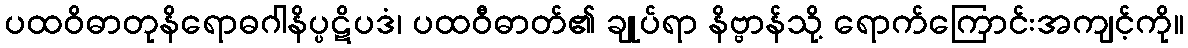
ပထဝိဓာတုနိရောဓဂါနိပ္ပဋိပဒံ၊ ပထဝီဓာတ်၏ ချုပ်ရာ နိဗ္ဗာန်သို့ ရောက်ကြောင်းအကျင့်ကို။